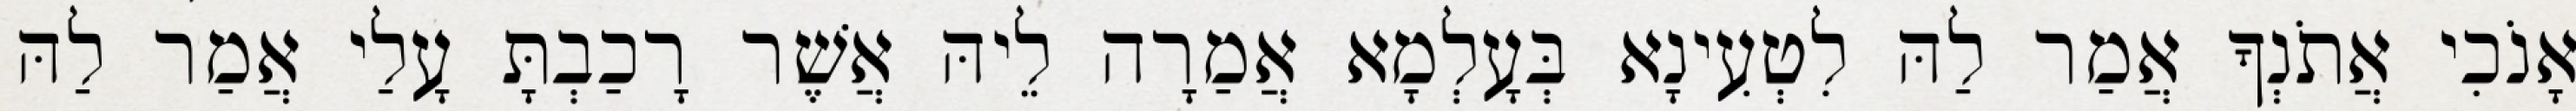
אָנֹכִי אֲתֹנְךָ אֲמַר לַהּ לִטְעִינָא בְּעָלְמָא אֲמַרָה לֵיהּ אֲשֶׁר רָכַבְתָּ עָלַי אֲמַר לַהּ